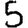
Digit: 5